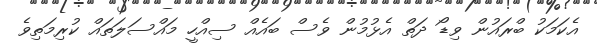
އެކަމަކު ބްރައުން ވިިޑޯ ދަތް އެޅުމުން ވެސް ބައެއް ސިއްހީ މައްސަލަތައް ކުރިމަތިވެ